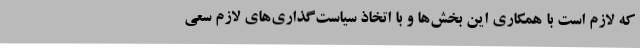
که لازم است با همکاری این بخش‌ها و با اتخاذ سیاست‌گذاری‌های لازم سعی